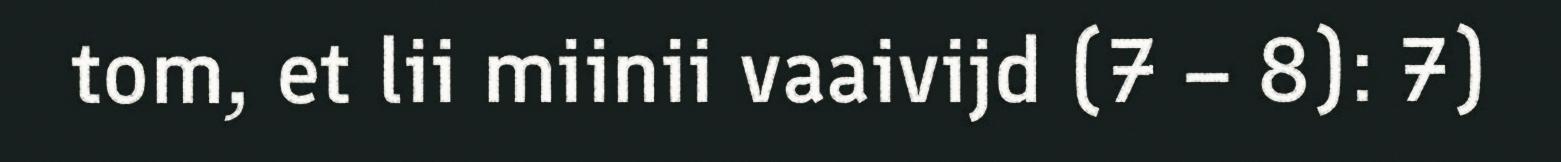
tom, et lii miinii vaaivijd (7 – 8): 7)